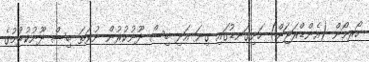
ހޯރމޯން (އެންޑްރަޖަން) ހަށިގަނޑުގައި ގިނަ އަދި ބިސް ދޫނުކުރުން ނުވަތަ ބިސް ދޫނުކުރުމުގެ